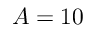
A = 1 0